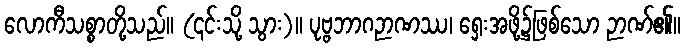
လောကီသစ္စာတို့သည်။ (၎င်းသို့ သွား)။ ပုဗ္ဗဘာဂဉာဏဿ၊ ရှေးအဖို့၌ဖြစ်သော ဉာဏ်၏။